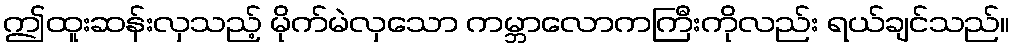
ဤထူးဆန်းလှသည့် မိုက်မဲလှသော ကမ္ဘာလောကကြီးကိုလည်း ရယ်ချင်သည်။